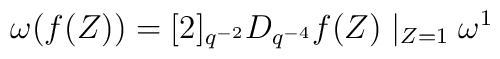
\omega(f(Z)) =  [2]_{q^{-2}} D_{q^{-4}}f(Z)\mid_{Z=1}\omega^1